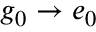
g _ { 0 } \rightarrow e _ { 0 }